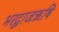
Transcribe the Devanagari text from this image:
भरद्वाजऋषि